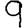
Digit: 9